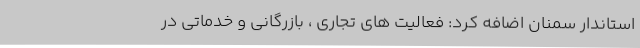
استاندار سمنان اضافه کرد: فعالیت های تجاری ، بازرگانی و خدماتی در